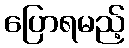
ပြောရမည့်